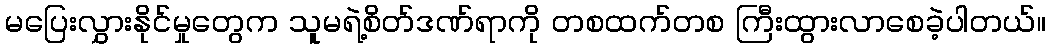
မပြေးလွှားနိုင်မှုတွေက သူမရဲ့စိတ်ဒဏ်ရာကို တစထက်တစ ကြီးထွားလာစေခဲ့ပါတယ်။